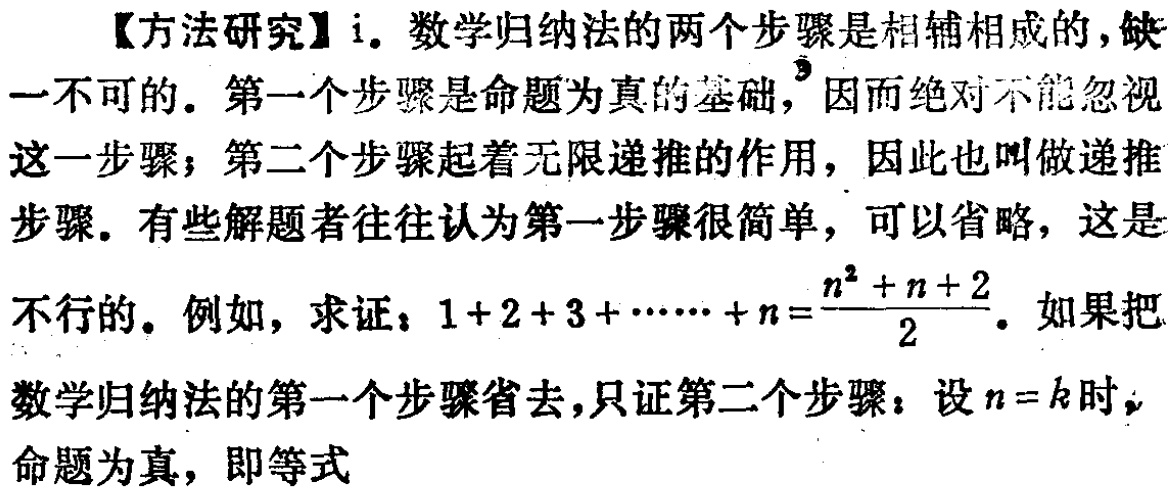
【方法研究】i. 数学归纳法的两个步骤是相辅相成的，缺一不可的。第一个步骤是命题为真的基础，因而绝对不能忽视这一步骤；第二个步骤起着无限递推的作用，因此也叫做递推步骤。有些解题者往往认为第一个步骤很简单，可以省略，这是不行的。例如，求证：\(1 + 2 + 3 + \cdots + n = \frac{n^{2}+n + 2}{2}\)。如果把数学归纳法的第一个步骤省去，只证第二个步骤：设\(n = k\)时，命题为真，即等式